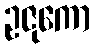
ဥဇုကော